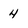
Character: 4